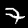
Digit: 7